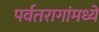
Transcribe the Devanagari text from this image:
पर्वतरागांमध्ये